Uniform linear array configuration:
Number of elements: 64
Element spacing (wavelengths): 0.25
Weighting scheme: binomial
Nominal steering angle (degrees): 60
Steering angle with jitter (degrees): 61.283
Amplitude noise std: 0.05
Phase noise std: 0.05

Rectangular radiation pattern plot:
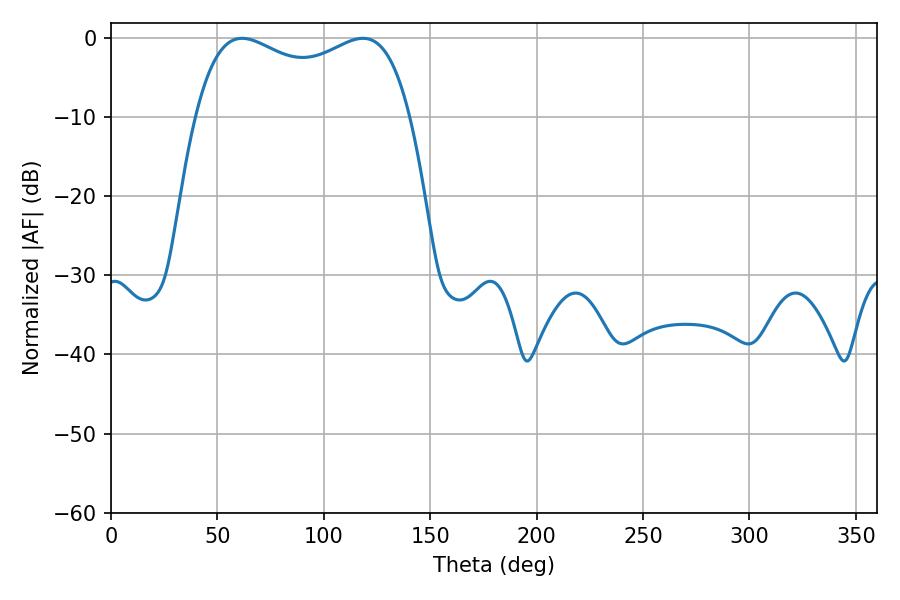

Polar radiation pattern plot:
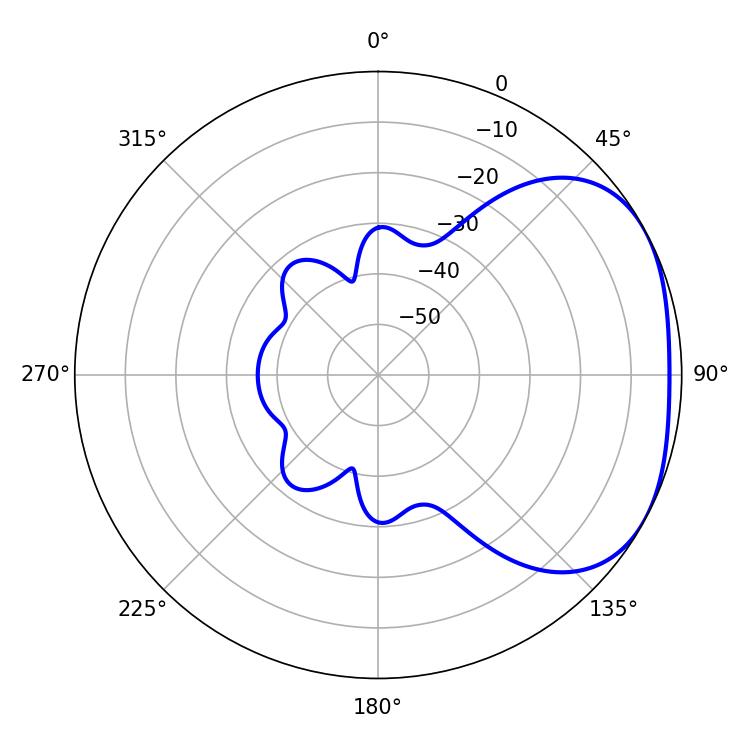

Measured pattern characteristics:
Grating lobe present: FALSE
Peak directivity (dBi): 2.61
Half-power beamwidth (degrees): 83.16
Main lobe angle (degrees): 61.56